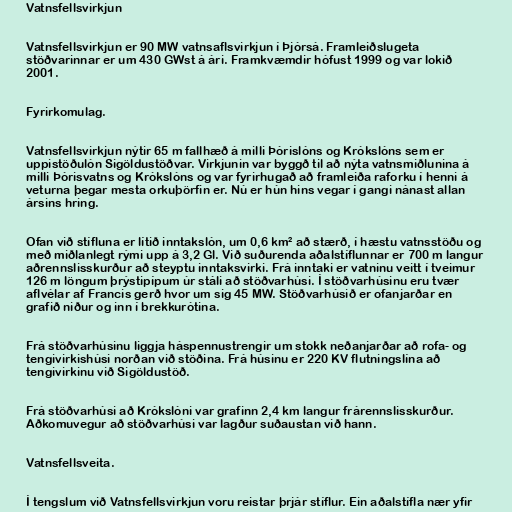
Vatnsfellsvirkjun

Vatnsfellsvirkjun er 90 MW vatnsaflsvirkjun í Þjórsá. Framleiðslugeta
stöðvarinnar er um 430 GWst á ári. Framkvæmdir hófust 1999 og var lokið
2001.

Fyrirkomulag.

Vatnsfellsvirkjun nýtir 65 m fallhæð á milli Þórislóns og Krókslóns sem er
uppistöðulón Sigöldustöðvar. Virkjunin var byggð til að nýta vatnsmiðlunina á
milli Þórisvatns og Krókslóns og var fyrirhugað að framleiða raforku í henni á
veturna þegar mesta orkuþörfin er. Nú er hún hins vegar í gangi nánast allan
ársins hring.

Ofan við stífluna er lítið inntakslón, um 0,6 km² að stærð, í hæstu vatnsstöðu og
með miðlanlegt rými upp á 3,2 Gl. Við suðurenda aðalstíflunnar er 700 m langur
aðrennslisskurður að steyptu inntaksvirki. Frá inntaki er vatninu veitt í tveimur
126 m löngum þrýstipípum úr stáli að stöðvarhúsi. Í stöðvarhúsinu eru tvær
aflvélar af Francis gerð hvor um sig 45 MW. Stöðvarhúsið er ofanjarðar en
grafið niður og inn í brekkurótina.

Frá stöðvarhúsinu liggja háspennustrengir um stokk neðanjarðar að rofa- og
tengivirkishúsi norðan við stöðina. Frá húsinu er 220 KV flutningslína að
tengivirkinu við Sigöldustöð.

Frá stöðvarhúsi að Krókslóni var grafinn 2,4 km langur frárennslisskurður.
Aðkomuvegur að stöðvarhúsi var lagður suðaustan við hann.

Vatnsfellsveita.

Í tengslum við Vatnsfellsvirkjun voru reistar þrjár stíflur. Ein aðalstífla nær yfir